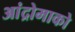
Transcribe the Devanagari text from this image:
आंद्रोमाको